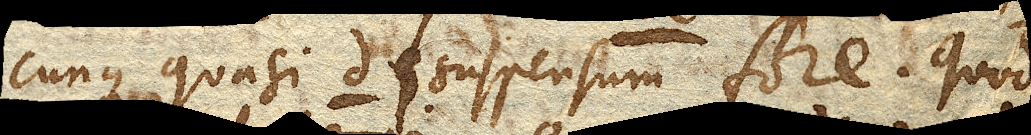
cunque quasi d. suspensum fore. Quod